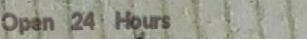
Open 24 Hours